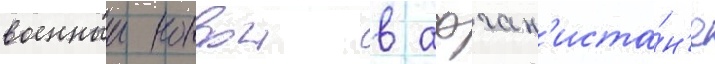
военныи конвои в афган'иста́н'е